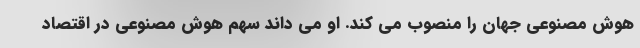
هوش مصنوعی جهان را منصوب می کند. او می داند سهم هوش مصنوعی در اقتصاد